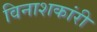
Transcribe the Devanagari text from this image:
विनाशकांरी